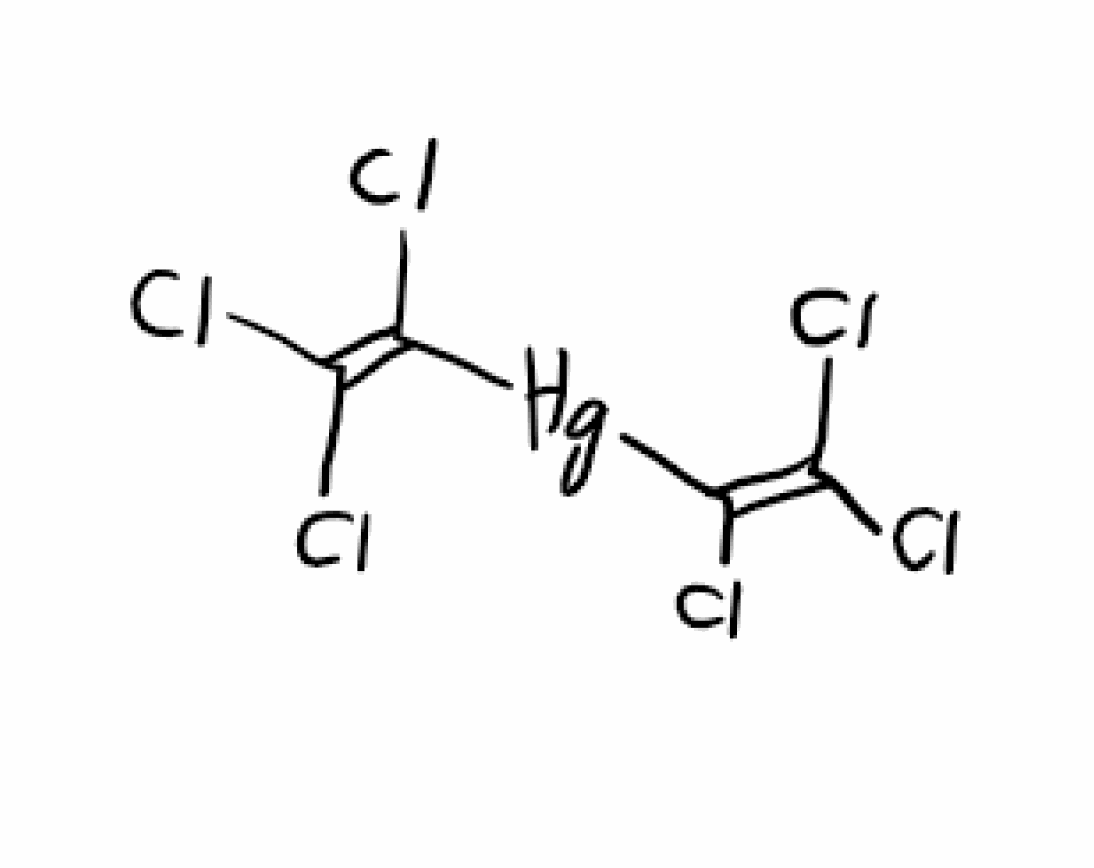
Simplified molecular-input line-entry system (SMILES) notation of the given molecule:
C(=C(Cl)[Hg]C(=C(Cl)Cl)Cl)(Cl)Cl